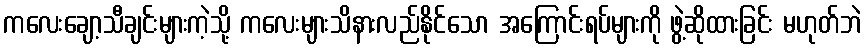
ကလေးချော့သီချင်းများကဲ့သို့ ကလေးများသိနားလည်နိုင်သော အကြောင်းရပ်များကို ဖွဲ့ဆိုထားခြင်း မဟုတ်ဘဲ